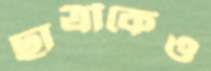
ছাত্রীকেও